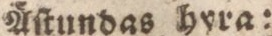
Äſtundas hyra: